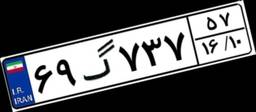
۶۹گ۷۳۷۵۷